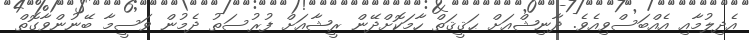
އެދިލުމާާާއި އެއްބަސްވިއެވެ. ދާނިޝްއަށް ޙަޤީޤަތް ހާމަކޮށްދޭން ރީޝާއަށް ފުރުސަތު ދެމުން ވަސީމާ ބޭނުންވާގޮތް